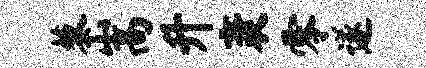
藜嵩升袤零遂